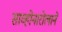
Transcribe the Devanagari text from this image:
साव्होनारोलाने